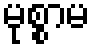
မုစ္စာမ